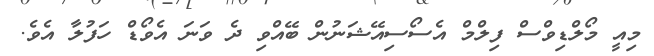
މިއީ މޯލްޑިވްސް ފިލްމް އެސޯސިއޭޝަނުން ބޭއްވި ދެ ވަނަ އެވޯޑް ހަފުލާ އެވެ.